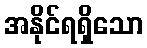
အနိုင်ရရှိသော